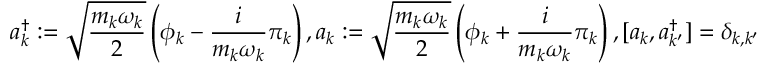
a _ { k } ^ { \dagger } : = \sqrt { \frac { m _ { k } \omega _ { k } } { 2 } } \left( \phi _ { k } - \frac { i } { m _ { k } \omega _ { k } } \pi _ { k } \right) , a _ { k } : = \sqrt { \frac { m _ { k } \omega _ { k } } { 2 } } \left( \phi _ { k } + \frac { i } { m _ { k } \omega _ { k } } \pi _ { k } \right) , [ a _ { k } , a _ { k ^ { \prime } } ^ { \dagger } ] = \delta _ { k , k ^ { \prime } }